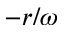
- r / \omega